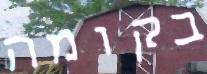
בקומה